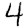
Digit: 4